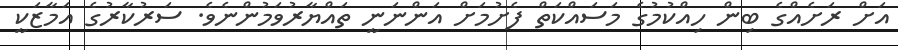
އަށް ރަށެއްގެ ބިން ހިއްކުމުގެ މަސައްކަތް ފެށުމަށް އަންނަނީ ތައްޔާރުވަމުންނެވެ. ސަރުކާރުގެ އަމާޒަކީ